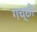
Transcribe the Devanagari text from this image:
गच्छी